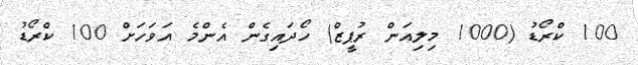
100 ކްރޯޑު (1000 މިލިއަން ރުޕީޒް) ހޯދައިގެން އެންމެ އަވަހަށް 100 ކްރޯޑު